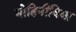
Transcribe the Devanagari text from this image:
मोहिनीविद्या